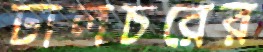
ঢালচরের